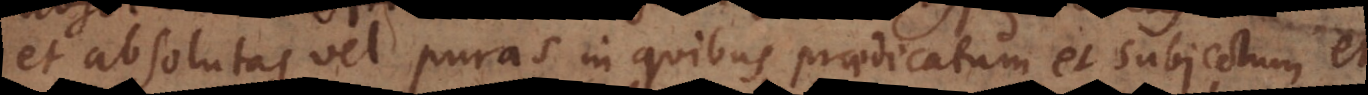
et absolutas vel puras in quibus praedicatum et subjectum et